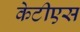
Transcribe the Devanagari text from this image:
केटीएस